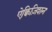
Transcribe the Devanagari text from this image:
ऐक्विज़िशन